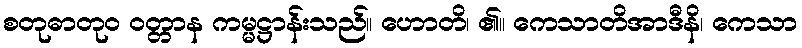
စတုဓာတုဝ ဝတ္တာန ကမ္မဋ္ဌာန်းသည်။ ဟောတိ၊ ၏။ ကေသာတိအာဒီနိ၊ ကေသာ